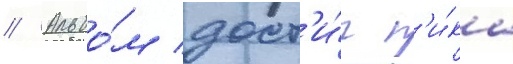
// Альбо́м дост'и́г п'и́ка